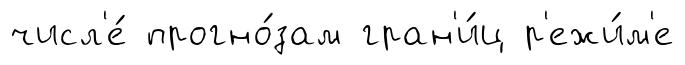
числ'е́ прогно́зам гран'и́ц р'ежи́м'е